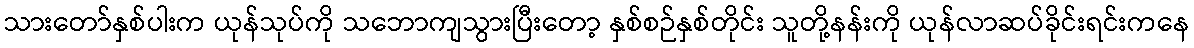
သားတော်နှစ်ပါးက ယုန်သုပ်ကို သဘောကျသွားပြီးတော့ နှစ်စဉ်နှစ်တိုင်း သူတို့နန်းကို ယုန်လာဆပ်ခိုင်းရင်းကနေ